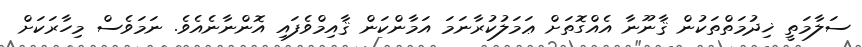
ސަލާމަތީ ޚިދުމަތްތަކުން ޤާނޫނާ އެއްގޮތަށް ޢަމަލުކުރާނަމަ އަމާންކަން ޤާއިމްވެފައި އޮންނާނެއެވެ. ނަމަވެސް މިހާރަކަށް